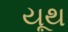
યૂથ